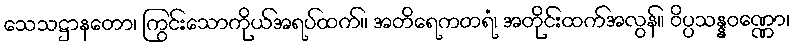
သေသဋ္ဌာနတော၊ ကြွင်းသောကိုယ်အရပ်ထက်။ အတိရေကတရံ၊ အတိုင်းထက်အလွန်။ ဝိပ္ပသန္နဝဏ္ဏော၊